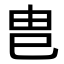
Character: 𭘋